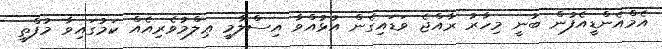
އެމްއެންޑީއެފުން ބުނީ މިހާރު ރާއްޖެ ވަޑައިގެން އުޅުއްވާ އިސްލާމީ ޢިލްމުވެރިއެއް ކަމުގައިވާ މުފްތީ